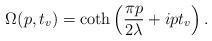
LaTeX: \begin{align*}\Omega(p,t_v)= \coth\left(\frac{\pi p}{2\lambda}+ipt_v\right). \end{align*}